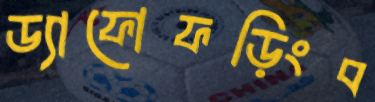
ড্যাফোফড়িংব